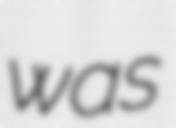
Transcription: was